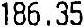
186.35